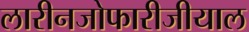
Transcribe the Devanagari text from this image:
लारीनजोफारीजीयाल